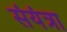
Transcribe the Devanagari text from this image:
संयंत्रा